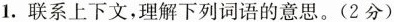
1.联系上下文，理解下列词语的意思。(2分)